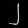
Digit: ၂